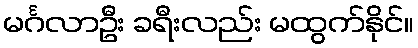
မင်္ဂလာဦး ခရီးလည်း မထွက်နိုင်။